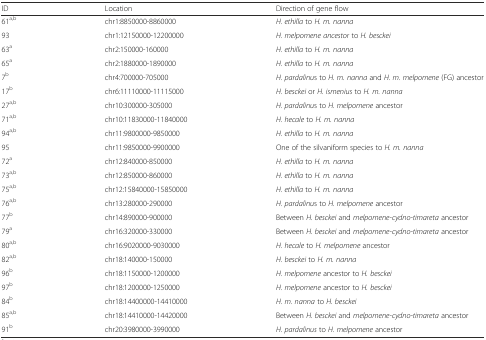
<table><thead><tr><td><b>ID</b></td><td><b>Location</b></td><td><b>Direction of gene flow</b></td></tr></thead><tbody><tr><td>61<sup>a,b</sup></td><td>chr1:8850000-8860000</td><td><i>H. ethilla</i> to <i>H. m. nanna</i></td></tr><tr><td>93</td><td>chr1:12150000-12200000</td><td><i>H. melpomene ancestor</i> to <i>H. besckei</i></td></tr><tr><td>63<sup>a</sup></td><td>chr2:150000-160000</td><td><i>H. ethilla</i> to <i>H. m. nanna</i></td></tr><tr><td>65<sup>a</sup></td><td>chr2:1880000-1890000</td><td><i>H. ethilla</i> to <i>H. m. nanna</i></td></tr><tr><td>7<sup>b</sup></td><td>chr4:700000-705000</td><td><i>H. pardalinu</i>s to <i>H. m. nanna</i> and <i>H. m. melpomene</i> (FG) ancestor</td></tr><tr><td>17<sup>b</sup></td><td>chr6:11110000-11115000</td><td><i>H. besckei</i> or <i>H. ismenius</i> to <i>H. m. nanna</i></td></tr><tr><td>27<sup>a,b</sup></td><td>chr10:300000-305000</td><td><i>H. pardalinu</i>s to <i>H. melpomene</i> ancestor</td></tr><tr><td>71<sup>a,b</sup></td><td>chr10:11830000-11840000</td><td><i>H. hecale</i> to <i>H. m. nanna</i></td></tr><tr><td>94<sup>a,b</sup></td><td>chr11:9800000-9850000</td><td><i>H. ethilla</i> to <i>H. m. nanna</i></td></tr><tr><td>95</td><td>chr11:9850000-9900000</td><td>One of the silvaniform species to <i>H. m. nanna</i></td></tr><tr><td>72<sup>a</sup></td><td>chr12:840000-850000</td><td><i>H. ethilla</i> to <i>H. m. nanna</i></td></tr><tr><td>73<sup>a,b</sup></td><td>chr12:850000-860000</td><td><i>H. ethilla</i> to <i>H. m. nanna</i></td></tr><tr><td>75<sup>a,b</sup></td><td>chr12:15840000-15850000</td><td><i>H. ethilla</i> to <i>H. m. nanna</i></td></tr><tr><td>76<sup>a,b</sup></td><td>chr13:280000-290000</td><td><i>H. pardalinu</i>s to <i>H. melpomene</i> ancestor</td></tr><tr><td>77<sup>b</sup></td><td>chr14:890000-900000</td><td>Between <i>H. besckei</i> and <i>melpomene-cydno-timareta</i> ancestor</td></tr><tr><td>79<sup>a</sup></td><td>chr16:320000-330000</td><td>Between <i>H. besckei</i> and <i>melpomene-cydno-timareta</i> ancestor</td></tr><tr><td>80<sup>a,b</sup></td><td>chr16:9020000-9030000</td><td><i>H. hecale</i> to <i>H. melpomene</i> ancestor</td></tr><tr><td>82<sup>a,b</sup></td><td>chr18:140000-150000</td><td><i>H. besckei</i> to <i>H. m. nanna</i></td></tr><tr><td>96<sup>b</sup></td><td>chr18:1150000-1200000</td><td><i>H. melpomene</i> ancestor to <i>H. besckei</i></td></tr><tr><td>97<sup>b</sup></td><td>chr18:1200000-1250000</td><td><i>H. melpomene</i> ancestor to <i>H. besckei</i></td></tr><tr><td>84<sup>b</sup></td><td>chr18:14400000-14410000</td><td><i>H. m. nanna</i> to <i>H. besckei</i></td></tr><tr><td>85<sup>a,b</sup></td><td>chr18:14410000-14420000</td><td>Between <i>H. besckei</i> and <i>melpomene-cydno-timareta</i> ancestor</td></tr><tr><td>91<sup>b</sup></td><td>chr20:3980000-3990000</td><td><i>H. pardalinus</i> to <i>H. melpomene</i> ancestor</td></tr></tbody></table>